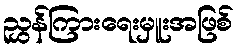
ညွှန်ကြားရေးမှူးအဖြစ်